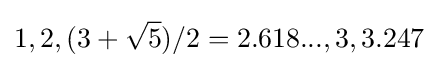
1,2,(3+{\sqrt {5}})/2=2.618...,3,3.247